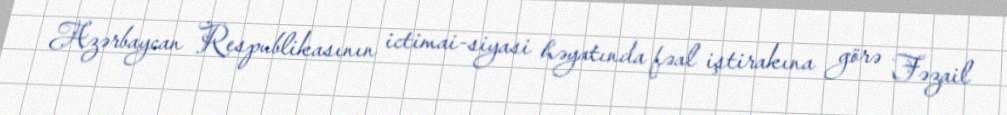
Azərbaycan Respublikasının ictimai-siyasi həyatında fəal iştirakına görə Fəzail